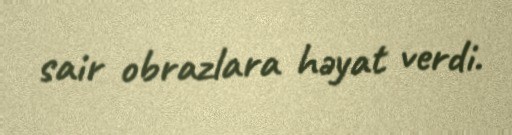
sair obrazlara həyat verdi.